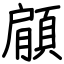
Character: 顅